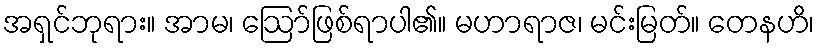
အရှင်ဘုရား။ အာမ၊ ဩော်ဖြစ်ရာပါ၏။ မဟာရာဇ၊ မင်းမြတ်။ တေနဟိ၊